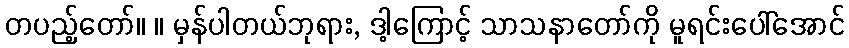
တပည့်တော်။ ။ မှန်ပါတယ်ဘုရား, ဒါ့ကြောင့် သာသနာတော်ကို မူရင်းပေါ်အောင်